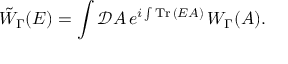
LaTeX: \tilde { W } _ { \Gamma } ( E ) = \int { \mathcal D } A \, e ^ { i \int \mathrm { T r } \, ( E A ) } \, W _ { \Gamma } ( A ) .